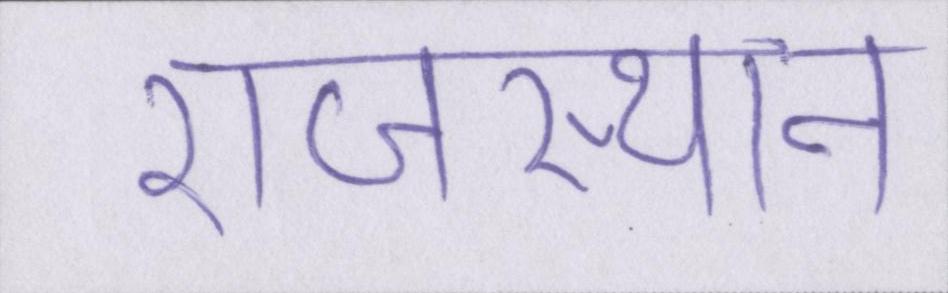
राजस्थान